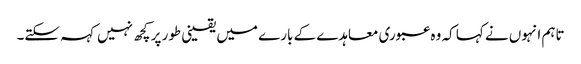
تاہم انہوں نے کہا کہ وہ عبوری معاہدے کے بارے میں یقینی طور پر کچھ نہیں کہہ سکتے۔